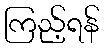
ကြည့်ရန်